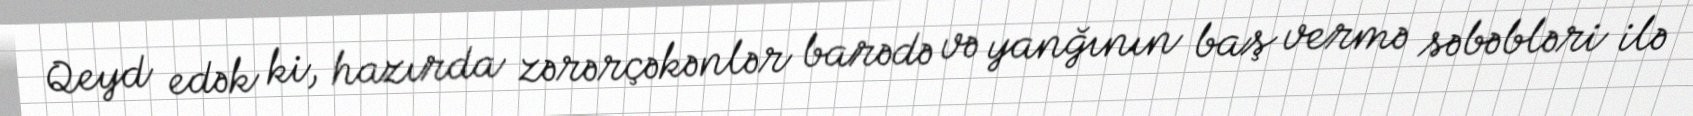
Qeyd edək ki, hazırda zərərçəkənlər barədə və yanğının baş vermə səbəbləri ilə